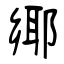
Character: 鄊